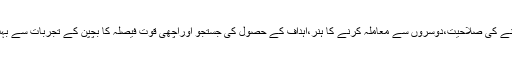
چیزوں کو سمجھنے کی صلاحیت،دوسروں سے معاملہ کرنے کا ہنر،اہداف کے حصول کی جستجو اوراچھی قوت فیصلہ کا بچپن کے تجربات سے بہت گہرا تعلق ہے۔